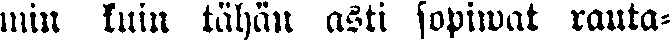
min luin tähän asti sopiwat rauta-